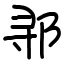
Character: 𬩽